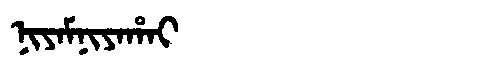
Manchu: ᠨᡳᠶᠠᠮᠨᡳᠶᠠᡥᠠᡳ
Romanization: NIYAMNIYAHAI